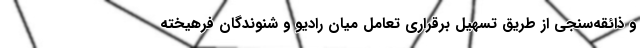
و ذائقه‌سنجی از طریق تسهیل برقراری تعامل میان رادیو و شنوندگان فرهیخته